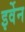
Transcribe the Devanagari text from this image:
इर्वेन